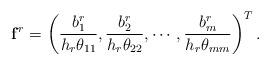
LaTeX: \begin{align*}\mathbf f^r &= \left( \frac{b_1^r}{h_r\theta_{11}}, \frac{b_2^r}{h_r\theta_{22}}, \cdots , \frac{b_m^r}{h_r\theta_{mm}} \right)^T.\end{align*}